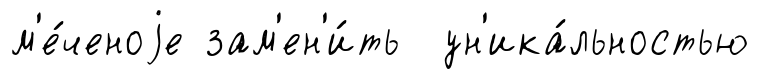
м'е́ченоjе зам'ен'и́ть ун'ика́льностью